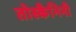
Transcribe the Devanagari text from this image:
तोस्कैनिनी